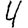
Digit: 4